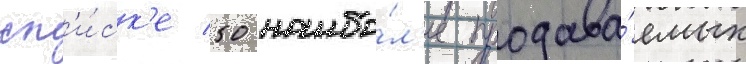
сп'и́ск'е 50 наибо́л'ее продава́емых